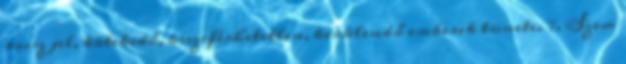
rossz jel, kötekedő, összeférhetetlen, kerülendő emberek tünete. 7. Szem